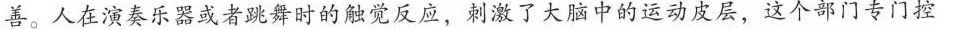
\underline{善。}人在演奏乐器或者跳舞时的触觉反应，刺激了大脑中的运动皮层，这个部门专门控